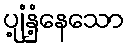
ပျံ့နှံ့နေသော